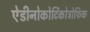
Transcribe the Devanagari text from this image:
ऐडीनोकोर्टिकोट्रोफिक